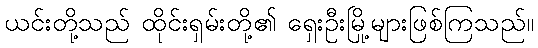
ယင်းတို့သည် ထိုင်းရှမ်းတို့၏ ရှေးဦးမြို့များဖြစ်ကြသည်။